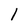
Character: 1